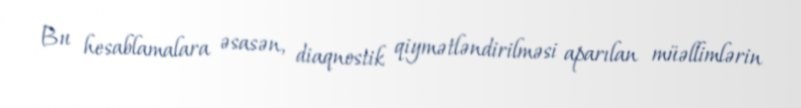
Bu hesablamalara əsasən, diaqnostik qiymətləndirilməsi aparılan müəllimlərin